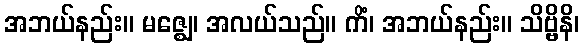
အဘယ်နည်း။ မဇ္ဈေ၊ အလယ်သည်။ ကိံ၊ အဘယ်နည်း။ သိဗ္ဗိနိ၊